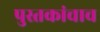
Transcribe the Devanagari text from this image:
पुस्तकांचाच